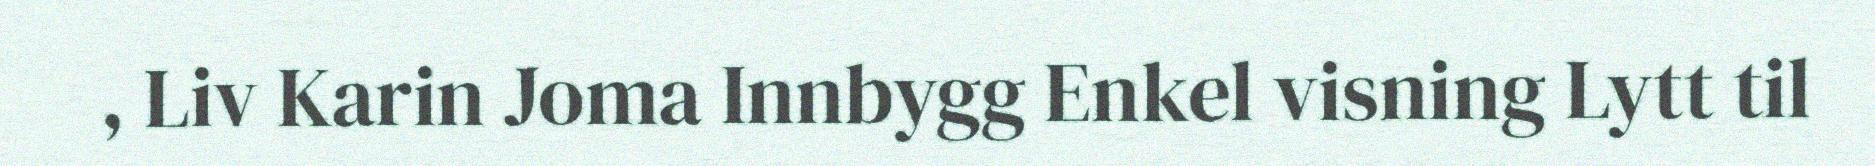
, Liv Karin Joma Innbygg Enkel visning Lytt til